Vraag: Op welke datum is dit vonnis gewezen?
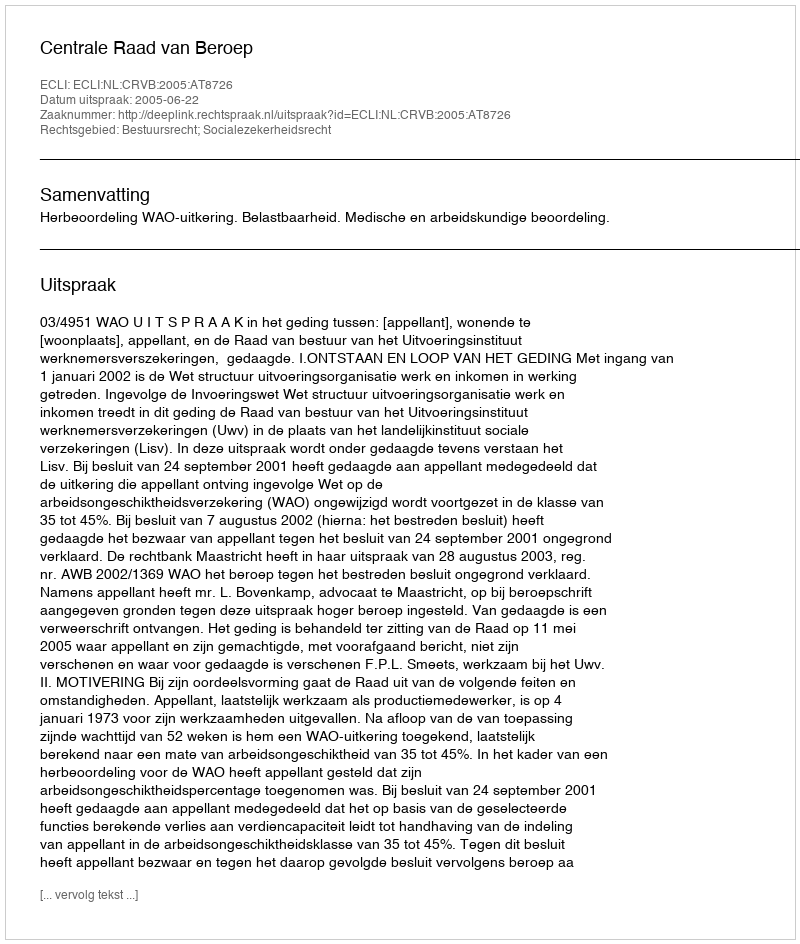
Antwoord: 2005-06-22